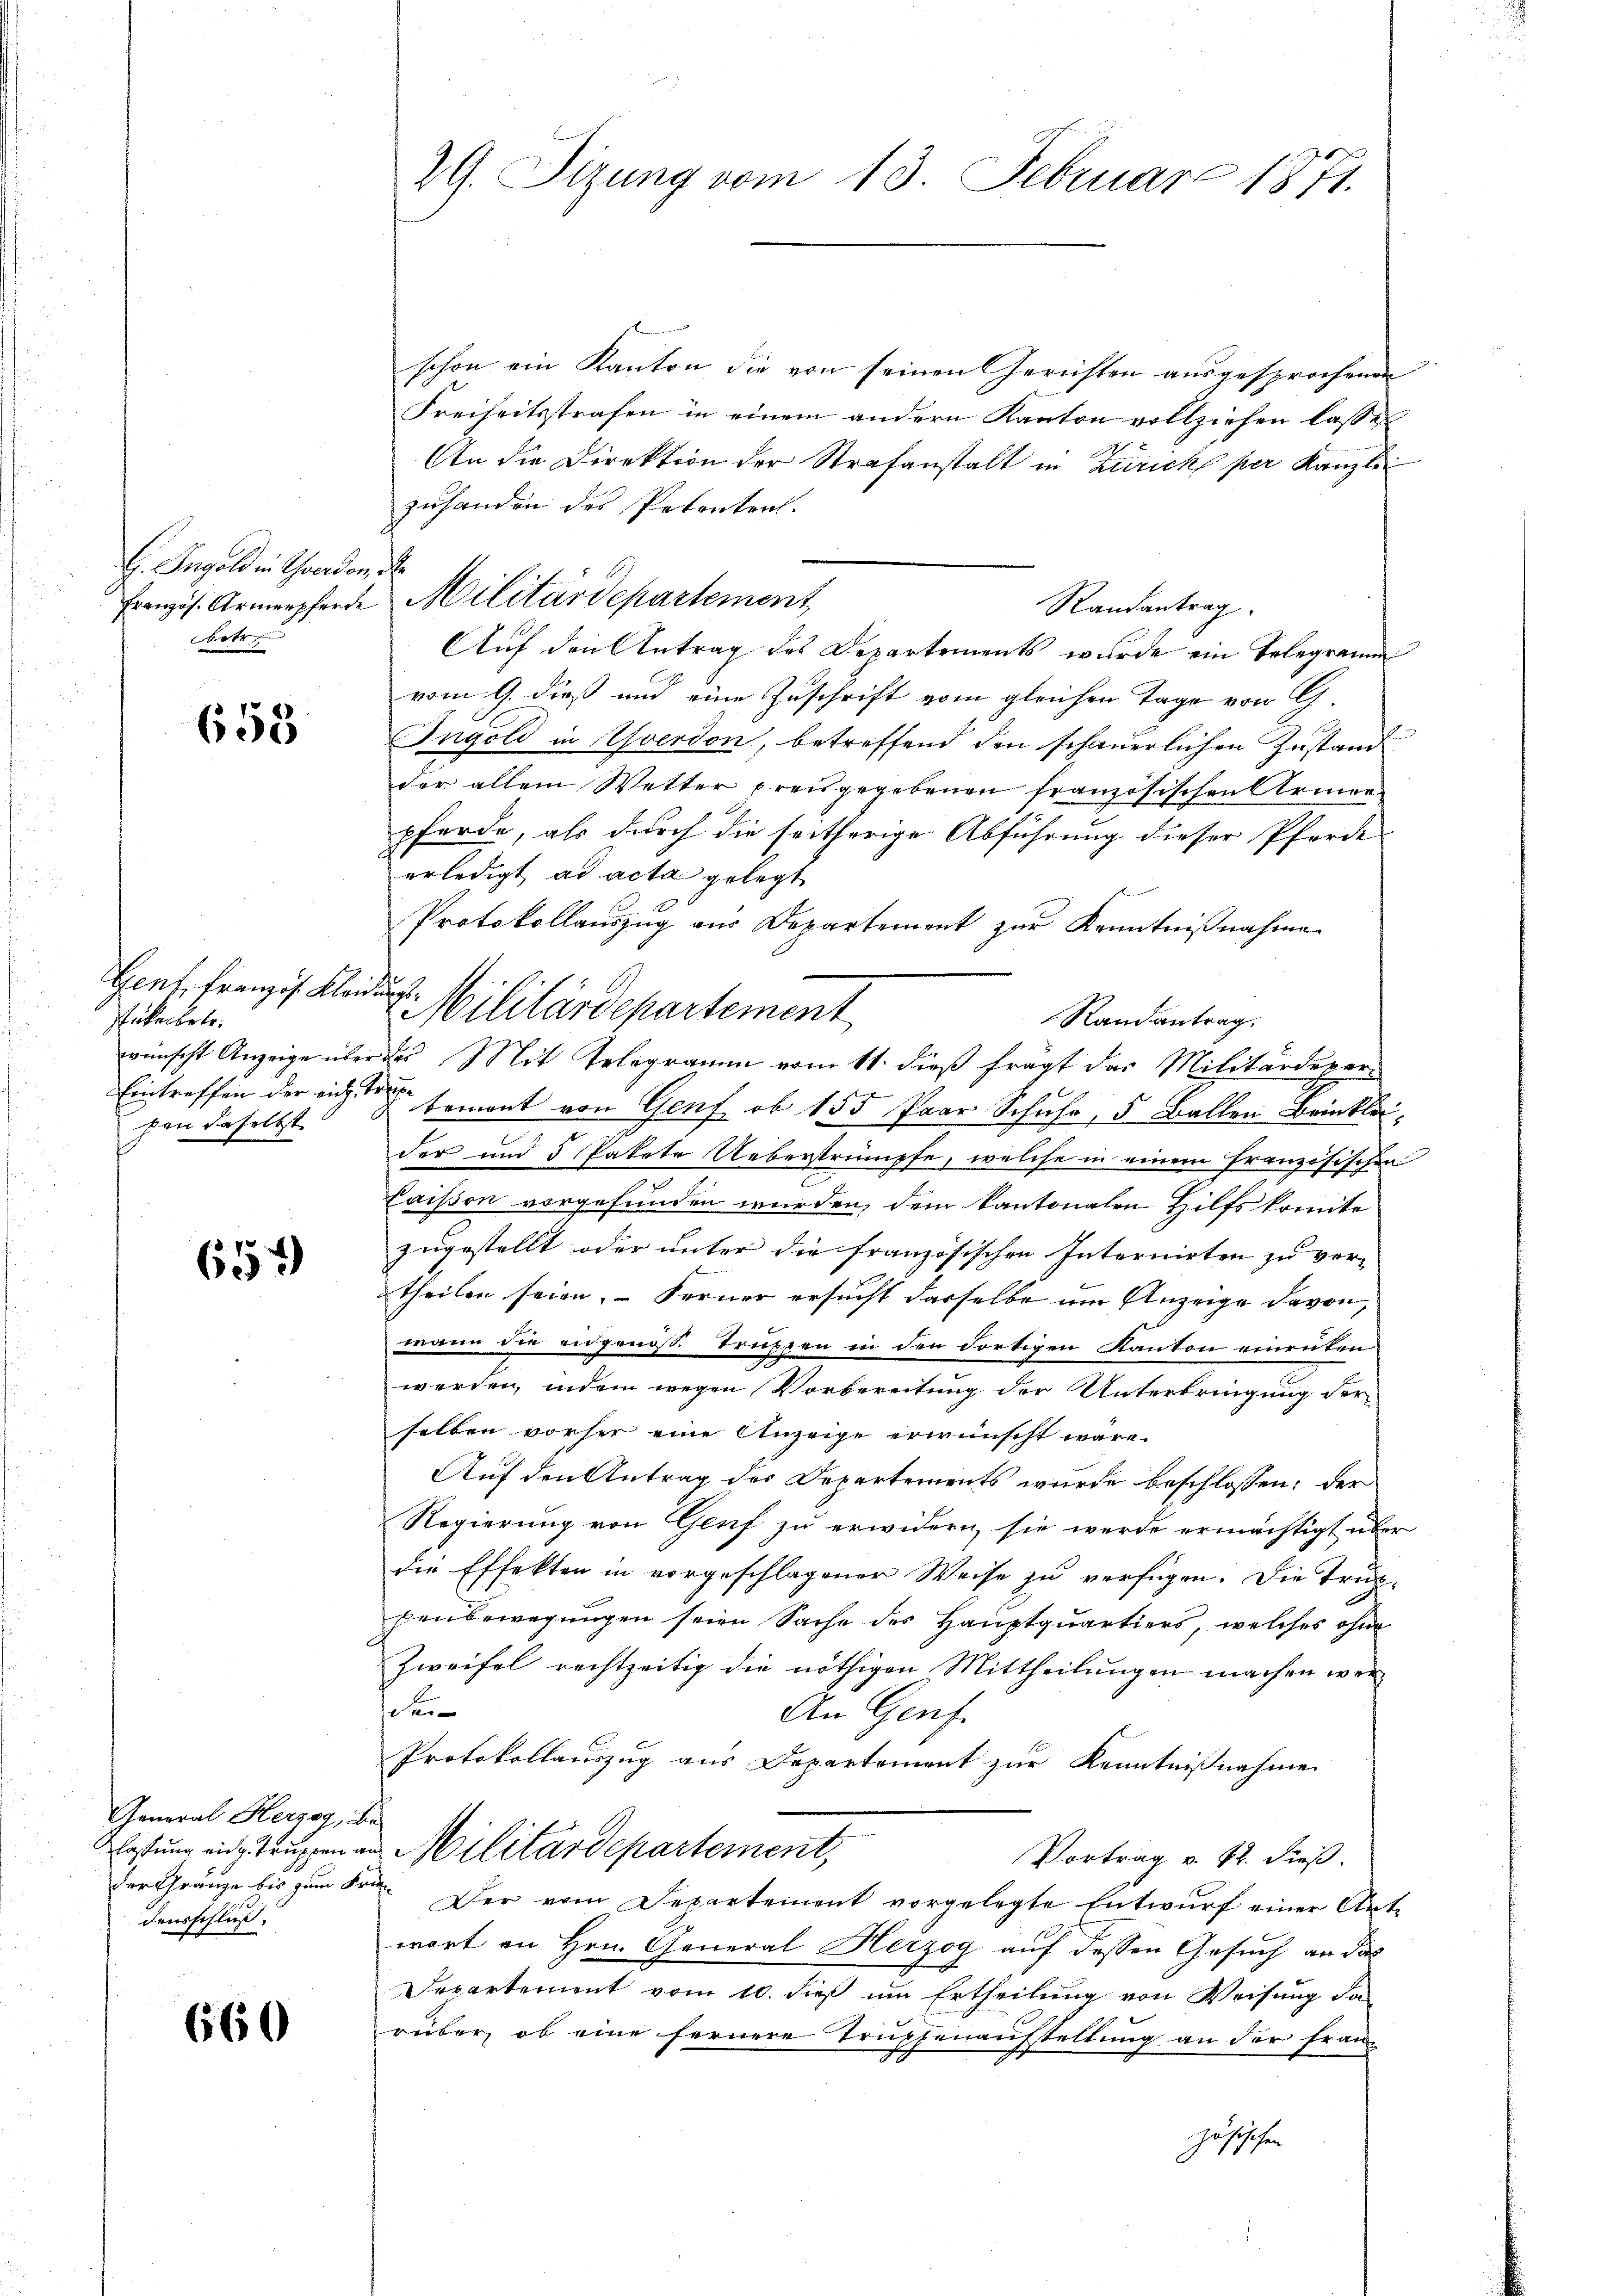
G. Ingold in Schwerden
Französ. Armenpferde
betren |

658

Genf, Französ. Klan
ukerbetr.
wünscht Anzeige über
Eintreffen der richte
pen dieselbst

654

General Herzog, B.
Klassung eidg. Truppen an
der Gränze bis zum Fr.
densschluß.

660

29. Sizung vom 13. Februar 1871.

schon ein Kanton die von seinen Gerichten ausgesprochenen
Freiheitsstrafen in einem andern Kanton vollziehen lasse
An die Direktion der Strafanstalt in Zürich per Kanzle
zuhanden des Petenten.
¬
Randantrag
Auf den Antrag des Departements wurde ein Telegramm
vom 9. dieß und eine Zuschrift vom gleichen Tage von G.
Ingold in Yverdon, betreffend den schauerlichen Zustand
der allein Wetter preisgegebenen französischen Armen-
pferde, als durch die seitherige Abführung dieser Pferde
erledigt ad acta gelegt
Protokollauszug aus Departement zur Kenntnißnahme
R.
Randantrag.
Das Mit Telegramm vom 11. dieß fragt das Militärdepar-
hi
temont von Genf, ob 155 Paar Schuhe, 5 Ballen Brinklei
S
der und 5 Pakete Ueberstrümpfe, welche in einem französischen
Caisson vorgefunden wurden, dem Kantonalen Hilfskomite
zugestellt oder unter die französischen Internirten zu ver-
theilen seien. – Ferner ersucht dasselbe um Anzeige davon,
wann die eidgenöss. Truppen in den dortigen Kanton einrükenwerden, indem wegen Vorbereitung der Unterbringung der
selben vorher eine Anzeige erwünscht wäre.
Auf den Antrag des Departements wurde beschlossen: der
Regierung von Genf zu erwidern, sie werde ermächtigt über
die Effekten in vorgeschlagener Weise zu verfügen. Die Truppenbewegungen seien Sache des Hauptquartiers, welches ohne
Zweifel rechtzeitig die nöthigen Mittheilungen machen werder
An Genf.
Protokollauszug aus Departement zur Kenntnißnahme
Militärdepartement,
Vortrag v. 12. dieß.
 Der vom Departement vorgelegte Entwurf einer Antwort an Hrn. General Herzog auf dessen Gesuch an das
Departement vom 10. dieß um Ertheilung von Weisung da
rüber, ob eine fernere Trupfenaufstellung an der Französischen

Militärdepartement

Militärdepartement